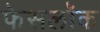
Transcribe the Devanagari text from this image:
फेसलॉक